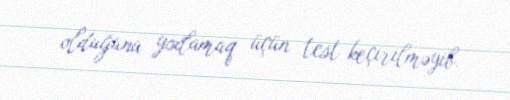
olduğunu yoxlamaq üçün test keçirilməyib.